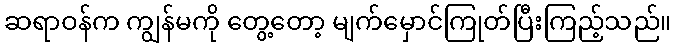
ဆရာဝန်က ကျွန်မကို တွေ့တော့ မျက်မှောင်ကြုတ်ပြီးကြည့်သည်။